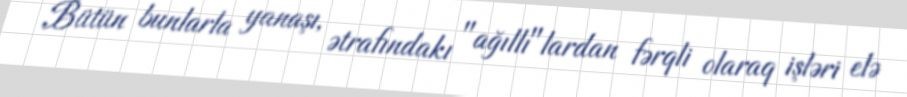
Bütün bunlarla yanaşı, ətrafındakı "ağıllı"lardan fərqli olaraq işləri elə